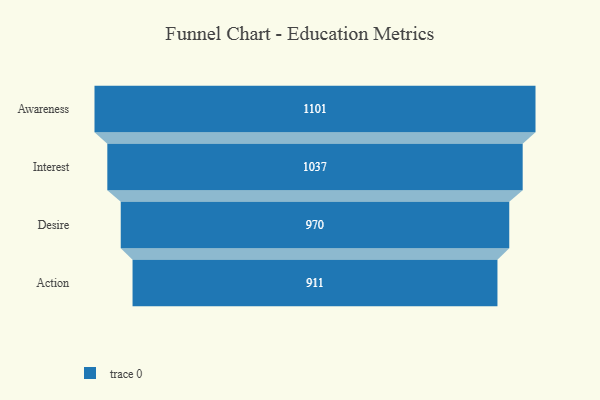
{"axis": {"x": "Stage", "y": "Value"}, "legend": [""], "data": [{"x": "Awareness", "y": 1101.0, "type": ""}, {"x": "Interest", "y": 1037.0, "type": ""}, {"x": "Desire", "y": 970.0, "type": ""}, {"x": "Action", "y": 911.0, "type": ""}]}